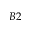
B 2